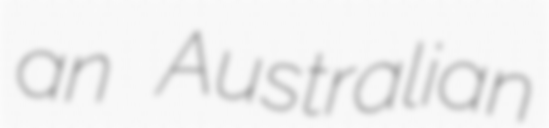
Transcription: an Australian